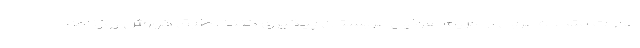
امارات متحده عربی از حریم هوایی عربستان پیگیری کنند. طبق گزارش روزنامه